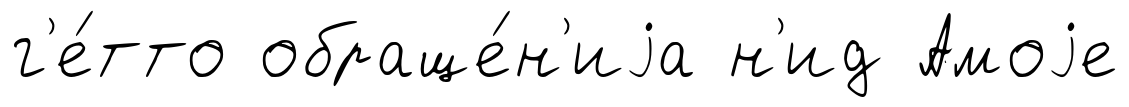
г'е́тто обраще́н'иjа н'ид Амоjе